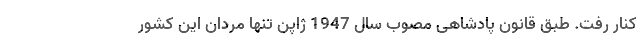
کنار رفت. طبق قانون پادشاهی مصوب سال 1947 ژاپن تنها مردان این کشور